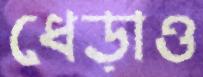
ধেড়াও